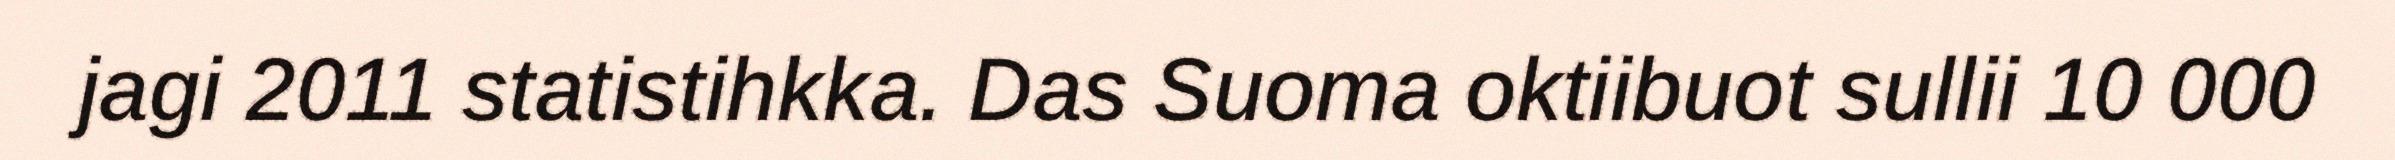
jagi 2011 statistihkka. Das Suoma oktiibuot sullii 10 000